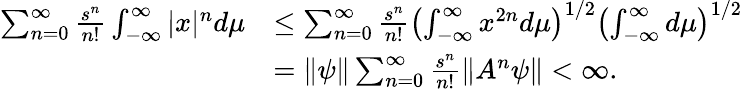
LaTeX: \begin{array}{rl}{\sum_{n=0}^{\infty}\frac{s^{n}}{n!}\int_{-\infty}^{\infty}|x|^{n}d\mu}&{\leq\sum_{n=0}^{\infty}\frac{s^{n}}{n!}\left(\int_{-\infty}^{\infty}x^{2n}d\mu\right)^{1/2}\left(\int_{-\infty}^{\infty}d\mu\right)^{1/2}}\\ &{=\| \psi\| \sum_{n=0}^{\infty}\frac{s^{n}}{n!}\| A^{n}\psi\| <\infty.}\end{array}